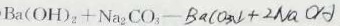
B a ( O H ) _ { 2 } + N a _ { 2 } C O _ { 3 } - B a C O _ { 3 } \downarrow + 2 N a O H